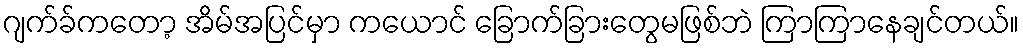
ဂျက်ခ်ကတော့ အိမ်အပြင်မှာ ကယောင် ခြောက်ခြားတွေမဖြစ်ဘဲ ကြာကြာနေချင်တယ်။